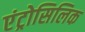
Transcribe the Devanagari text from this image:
एंट्रोसिलिक